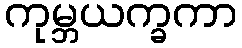
ကုမ္ဘယက္ခကာ